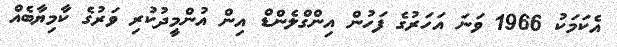
އެކަމަކު 1966 ވަނަ އަހަރުގެ ފަހުން އިންގްލެންޑް އިން އުންމީދުކުރި ވަރުގެ ކާމިޔާބެއް